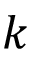
\boldsymbol { k }